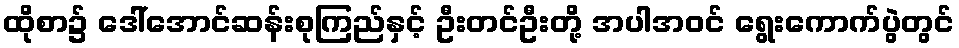
ထိုစာ၌ ဒေါ်အောင်ဆန်းစုကြည်နှင့် ဦးတင်ဦးတို့ အပါအဝင် ရွေးကောက်ပွဲတွင်